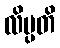
လိပ္ပတိ